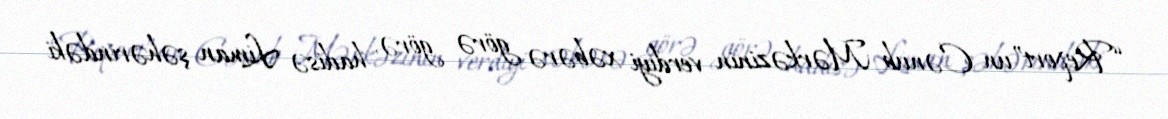
“Report”un Cənub Mərkəzinin verdiyi xəbərə görə görə, hadisə Liman şəhərindəki